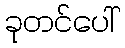
ခုတင်ပေါ်